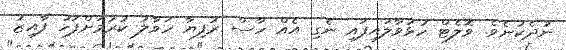
ނުދެކުނެވެ. ވޮލެޓް ހުޅުވާލައިފައި ނެގި އެއް ހާސް ރުފިޔާ ހަވާލު ކުރުމަށްފަހު ފާއިޒު